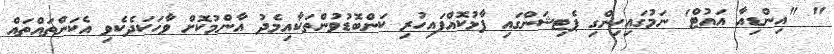
" "އިންޑިއާ އައުޓް' ނަމުގައިހިންގި ޕެޓިޝަންގައި ފާޅުކޮއްފައިހުރި ކަންބޮޑުވުންތަކާއިމެދު އާންމުކޮށް ވާހަކަދެކެވި އެކަންތައްތައް